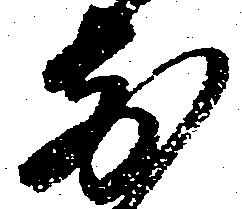
前